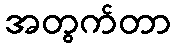
အတွက်တာ